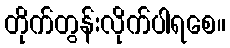
တိုက်တွန်းလိုက်ပါရစေ။